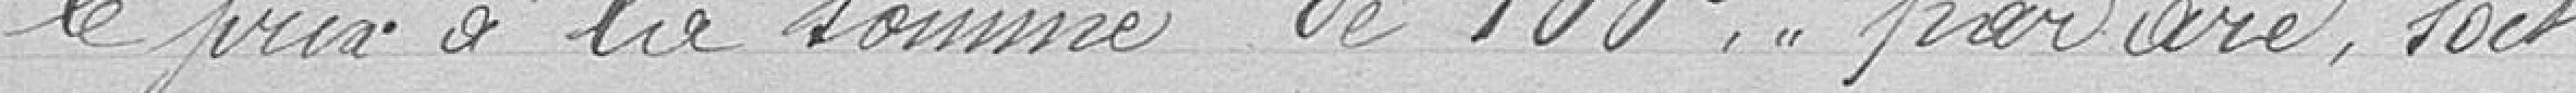
le prix à la somme de 100 francs par are, soit